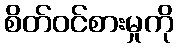
စိတ်ဝင်စားမှုကို